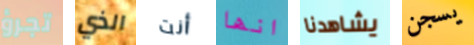
تجرؤ الذي أنت انها يشاهدنا يسجن